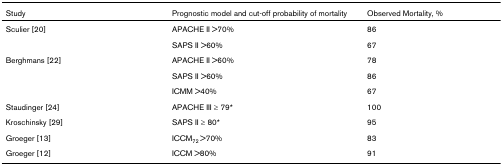
<table><thead><tr><td><b>Study</b></td><td><b>Prognostic model and cut-off probability of mortality</b></td><td><b>Observed Mortality, %</b></td></tr></thead><tbody><tr><td>Sculier [20]</td><td>APACHE II &gt;70%</td><td>86</td></tr><tr><td></td><td>SAPS II &gt;60%</td><td>67</td></tr><tr><td>Berghmans [22]</td><td>APACHE II &gt;60%</td><td>78</td></tr><tr><td></td><td>SAPS II &gt;60%</td><td>86</td></tr><tr><td></td><td>ICMM &gt;40%</td><td>67</td></tr><tr><td>Staudinger [24]</td><td>APACHE III ≥ 79*</td><td>100</td></tr><tr><td>Kroschinsky [29]</td><td>SAPS II ≥ 80*</td><td>95</td></tr><tr><td>Groeger [13]</td><td>ICCM<sub>72 </sub>&gt;70%</td><td>83</td></tr><tr><td>Groeger [12]</td><td>ICCM &gt;80%</td><td>91</td></tr></tbody></table>